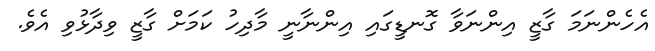
އެހެންނަމަ ގާޒީ އިންނަވާ ގޮނޑީގައި އިންނާނީ މާދިހު ކަމަށް ގާޒީ ވިދާޅުވި އެވެ.